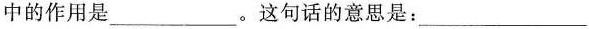
中的作用是___。这句话的意思是：___